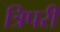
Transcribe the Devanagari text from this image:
त्रिपरी